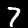
Digit: 7